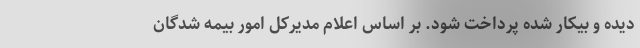
دیده و بیکار شده پرداخت شود. بر اساس اعلام مدیرکل امور بیمه شدگان